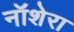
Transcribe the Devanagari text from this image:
नॉशेरा